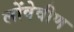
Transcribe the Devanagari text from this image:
लोंवेवीण